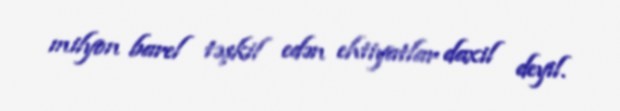
milyon barel təşkil edən ehtiyatlar daxil deyil.